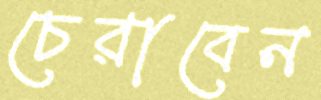
চেরাবেন